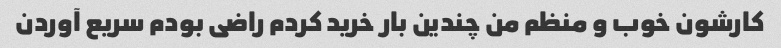
کارشون خوب و منظم من چندین بار خرید کردم راضی بودم سریع آوردن